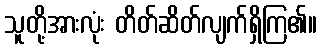
သူတို့အားလုံး တိတ်ဆိတ်လျက်ရှိကြ၏။